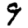
Digit: 9